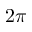
2 \pi